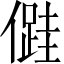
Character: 𠏠